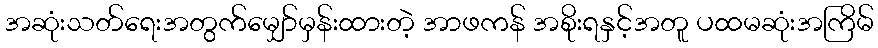
အဆုံးသတ်ရေးအတွက်မျှော်မှန်းထားတဲ့ အာဖကန် အစိုးရနှင့်အတူ ပထမဆုံးအကြိမ်